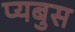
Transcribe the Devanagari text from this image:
प्यबुस